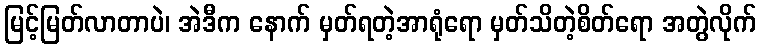
မြင့်မြတ်လာတာပဲ၊ အဲဒီက နောက် မှတ်ရတဲ့အာရုံရော မှတ်သိတဲ့စိတ်ရော အတွဲလိုက်